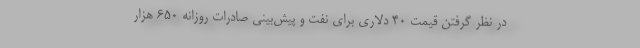
در نظر گرفتن قیمت 40 دلاری برای نفت و پیش‌بینی صادرات روزانه 650 هزار